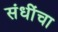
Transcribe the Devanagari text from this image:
संधींचा